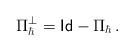
LaTeX: \begin{align*}\Pi_\hbar^\perp = \mathsf{Id}-\Pi_{\hbar}\,.\end{align*}